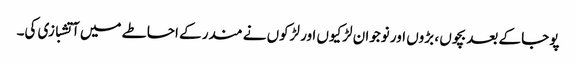
پوجا کے بعد بچوں ، بڑوں اور نوجوان لڑکیوں اور لڑکوں نے مندر کے احاطے میں آتشبازی کی۔